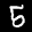
Label: 5